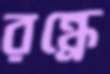
রন্ধ্রে